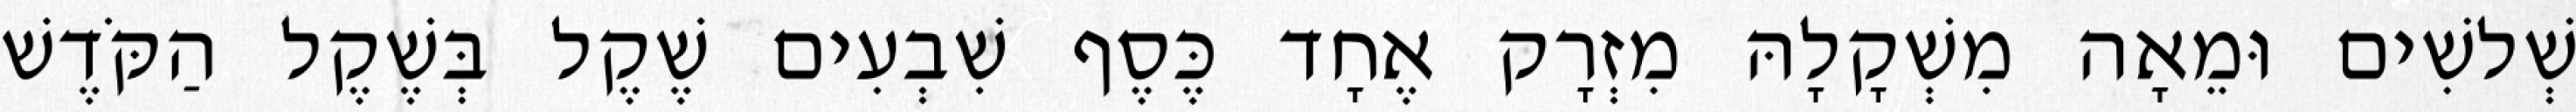
שְׁלשִׁים וּמֵאָה מִשְׁקָלָהּ מִזְרָק אֶחָד כֶּסֶף שִׁבְעִים שֶׁקֶל בְּשֶׁקֶל הַקֹּדֶשׁ